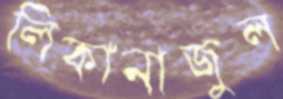
লিকানাজুল